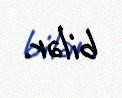
bilər.